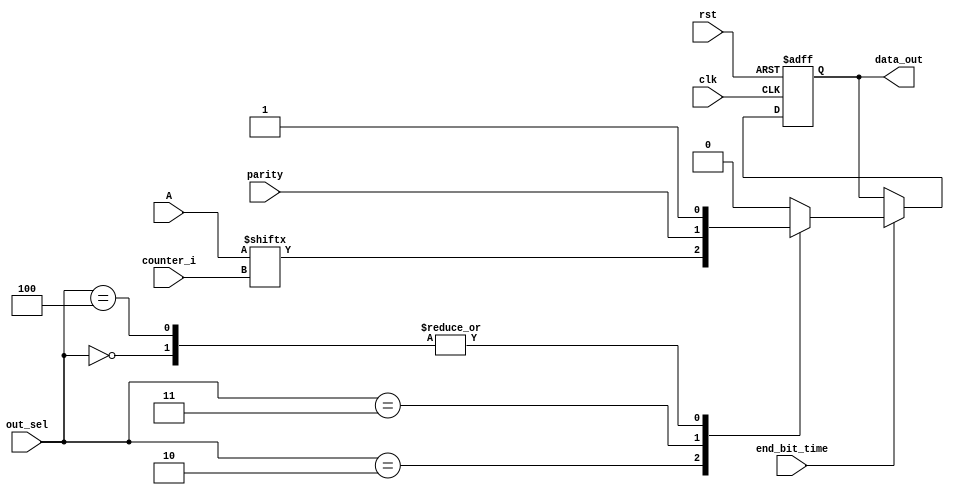
`timescale 1ns / 1ps
module Serializer (
	input [7:0] A,
	input clk,
	input rst,
	input [2:0]out_sel,
	input [2:0]counter_i,
	input end_bit_time,
	input parity,
	output reg data_out
);



always @(posedge clk, posedge rst) begin
	if(rst) begin
		data_out = 1'b1;
	end
	else begin
		if(end_bit_time) begin
			case(out_sel)
				3'b000: data_out = 1;
				3'b001: data_out = 0;
				3'b010: data_out = A[counter_i];
				3'b011: data_out = parity;
				3'b100: data_out = 1;
				default: data_out = 0;
			endcase
		end
	end	
end

endmodule